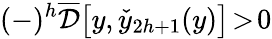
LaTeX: (-)^{h}\overline{{\cal D}}\big[y,\check{y}_{2h+1}(y)\big]\! >\! 0